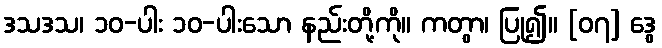
ဒသဒသ၊ ၁၀-ပါး ၁၀-ပါးသော နည်းတို့ကို။ ကတွာ၊ ပြု၍။ [၀၇] ဒွေ